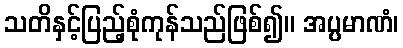
သတိနှင့်ပြည့်စုံကုန်သည်ဖြစ်၍။ အပ္ပမာဏံ၊